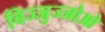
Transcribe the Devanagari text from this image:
विज्जुज्जोओ